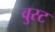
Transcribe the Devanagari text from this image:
वुस्ट